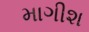
માગીશ